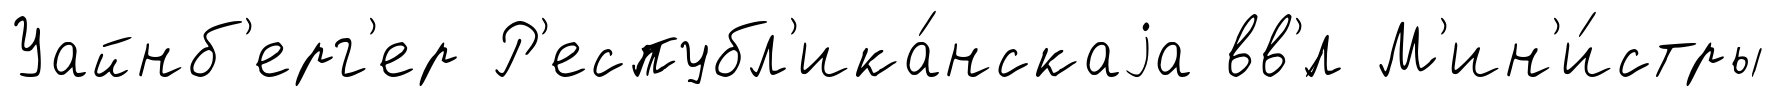
Уайнб'ерг'ер Р'еспубл'ика́нскаjа вв'́л М'ин'и́стры